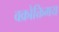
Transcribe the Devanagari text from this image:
वक्रोक्तिमय